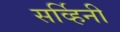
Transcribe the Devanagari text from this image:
सर्व्हिनी